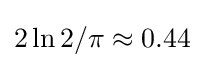
2\ln 2/\pi \approx 0.44